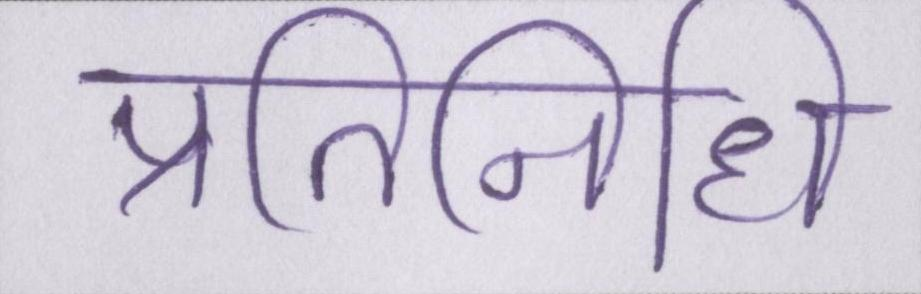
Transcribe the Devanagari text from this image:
प्रतिनिधि